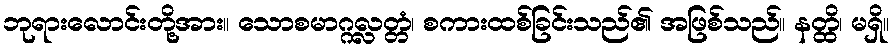
ဘုရားလောင်းတို့အား။ သောစမာဂ္ဂလ္လတ္တံ၊ စကားထစ်ခြင်းသည်၏ အဖြစ်သည်။ နတ္ထိ၊ မရှိ။